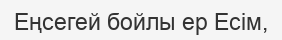
Еңсегей бойлы ер Есім,